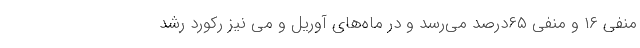
منفی ۱۶ و منفی ۶۵درصد می‌رسد و در ماه‌های آوریل و می نیز رکورد رشد